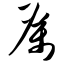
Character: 厉